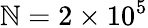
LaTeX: \mathbb{N}=2\times10^{5}